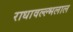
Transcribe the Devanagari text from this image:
राधावल्ल्भलाल